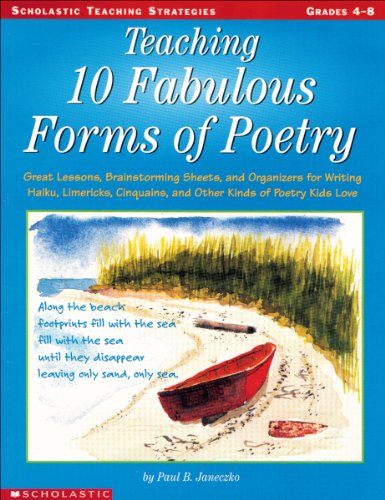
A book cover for Teaching 10 Fabulous Forms Of Poetry: Great Lessons, Brainstorming Sheets, and Organizers for Writing Haiku, Limericks, Cinquains, and Other Kinds of Poetry Kids Love (Teaching Strategies); Paul Janeczko; Humor & Entertainment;